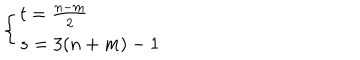
LaTeX: \left\{ \begin{array} { l l } { { t = \frac { n - m } { 2 } } } \\ { { s = 3 ( n + m ) - 1 } } \\ \end{array} \right.